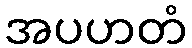
အပဟတံ